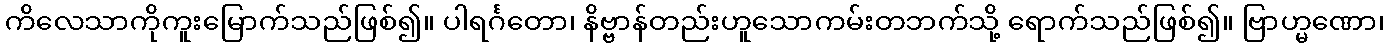
ကိလေသာကိုကူးမြောက်သည်ဖြစ်၍။ ပါရင်္ဂတော၊ နိဗ္ဗာန်တည်းဟူသောကမ်းတဘက်သို့ ရောက်သည်ဖြစ်၍။ ဗြာဟ္မဏော၊